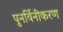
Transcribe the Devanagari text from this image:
पुनर्विनीकरण